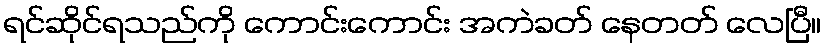
ရင်ဆိုင်ရသည်ကို ကောင်းကောင်း အကဲခတ် နေတတ် လေပြီ။